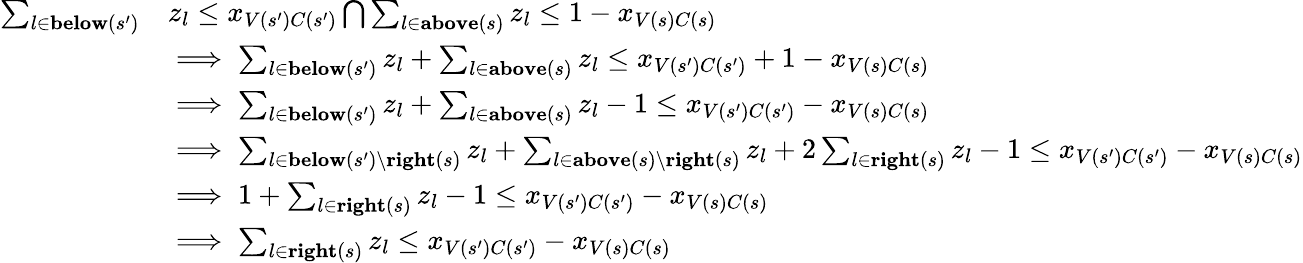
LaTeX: \begin{array}{rl}{\sum_{l\in\textbf{below}(s^{\prime})}}&{z_{l}\leq x_{V(s^{\prime})C(s^{\prime})}\bigcap\sum_{l\in\textbf{above}(s)}z_{l}\leq 1-x_{V(s)C(s)}}\\ &{\implies\sum_{l\in\textbf{below}(s^{\prime})}z_{l}+\sum_{l\in\textbf{above}(s)}z_{l}\leq x_{V(s^{\prime})C(s^{\prime})}+1-x_{V(s)C(s)}}\\ &{\implies\sum_{l\in\textbf{below}(s^{\prime})}z_{l}+\sum_{l\in\textbf{above}(s)}z_{l}-1\leq x_{V(s^{\prime})C(s^{\prime})}-x_{V(s)C(s)}}\\ &{\implies\sum_{l\in\textbf{below}(s^{\prime})\setminus\textbf{right}(s)}z_{l}+\sum_{l\in\textbf{above}(s)\setminus\textbf{right}(s)}z_{l}+2\sum_{l\in\textbf{right}(s)}z_{l}-1\leq x_{V(s^{\prime})C(s^{\prime})}-x_{V(s)C(s)}}\\ &{\implies 1+\sum_{l\in\textbf{right}(s)}z_{l}-1\leq x_{V(s^{\prime})C(s^{\prime})}-x_{V(s)C(s)}}\\ &{\implies\sum_{l\in\textbf{right}(s)}z_{l}\leq x_{V(s^{\prime})C(s^{\prime})}-x_{V(s)C(s)}}\end{array}